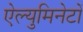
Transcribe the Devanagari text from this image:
ऐल्युमिनेटों